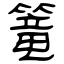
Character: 篭